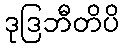
ဒုဒြဘီတိပိ